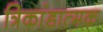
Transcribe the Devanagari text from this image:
त्रिकांडात्मक